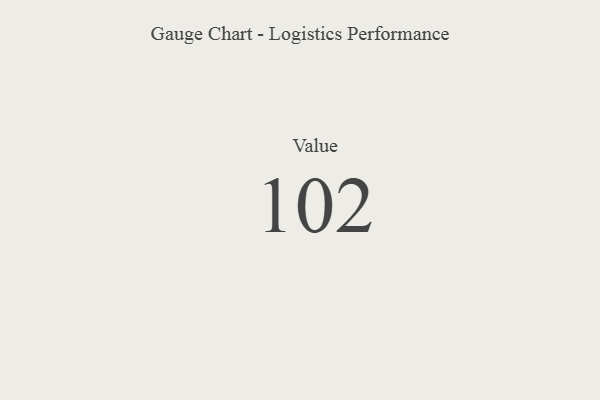
{"axis": {"x": "Metric", "y": "Value"}, "legend": [""], "data": [{"x": "Value", "y": 102, "type": ""}]}